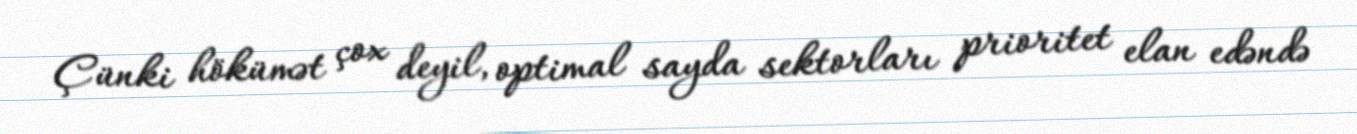
Çünki hökümət çox deyil, optimal sayda sektorları prioritet elan edəndə